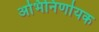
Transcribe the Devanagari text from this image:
अभिनिर्णायक